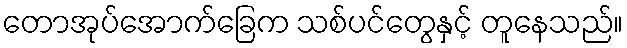
တောအုပ်အောက်ခြေက သစ်ပင်တွေနှင့် တူနေသည်။